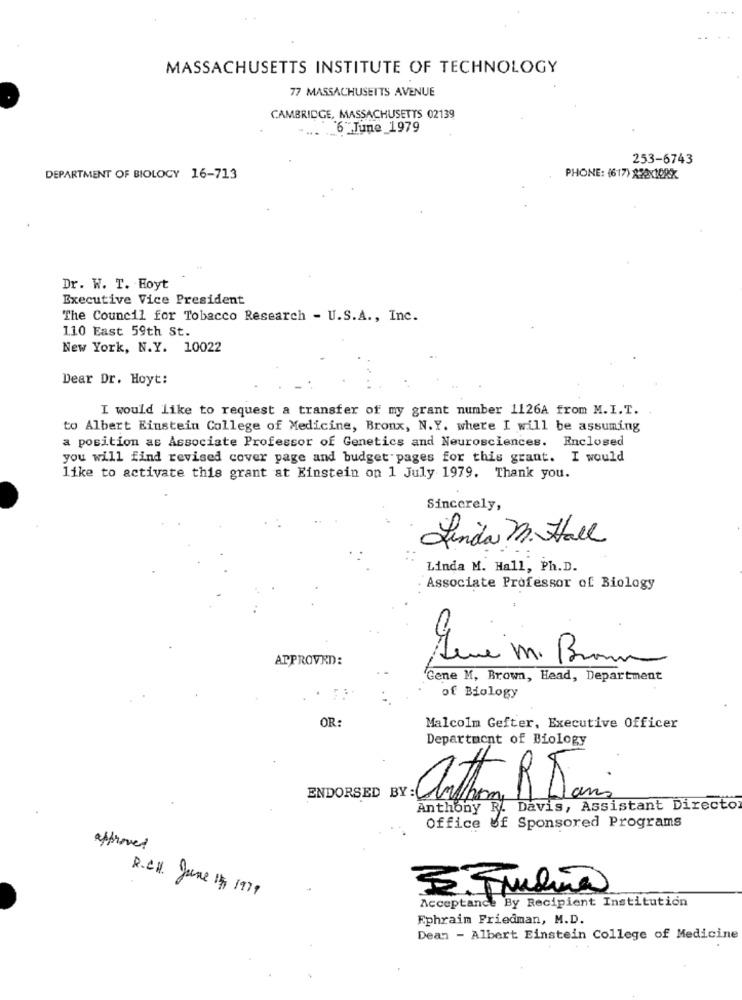
MASSACHUSETTS INSTITUTE OF TECHNOLOGY
77 MASSACHUSETTS AVENUE
CAMBRIDGE, MASSACHUSETTS 02139
'6"Tune 1979
253-6743
DEPARTMENT OF BIOLOGY 16-713
PHONE: (617) 232x108X
Dr. W. T. Hoyt
Executive Vice President
The Council for Tobacco Research - U.S.A ., Inc.
110 East 59th St.
New York, N.Y. 10022
Dear Dr. Hoyt:
I would like to request a transfer of my grant number 1126A from M.I.T.
to Albert Einstein College of Medicine, Bronx, N.Y. where I will be assuming
a position as Associate Professor of Genetics and Neurosciences. Enclosed
you will find revised cover page and budget pages for this grant. I would
like to activate this grant at Einstein on 1 July 1979. Thank you.
Sincerely,
Linda m. Hall
Linda M. Hall, Ph.D.
Associate Professor of Biology
APPROVED:
Jene M. Brown
Gene M, Brown, Head, Department
of Biology
OR:
Malcolm Gefter, Executive Officer
Department of Biology
ENDORSED BY:
Anthony R. Davis, Assistant Director
Office of Sponsored Programs
approved
C.
5.Frudia
R.CH. June 15 1979
Acceptance By Recipient Institution
Ephraim Friedman, M.D.
Dean - Albert Einstein College of Medicine